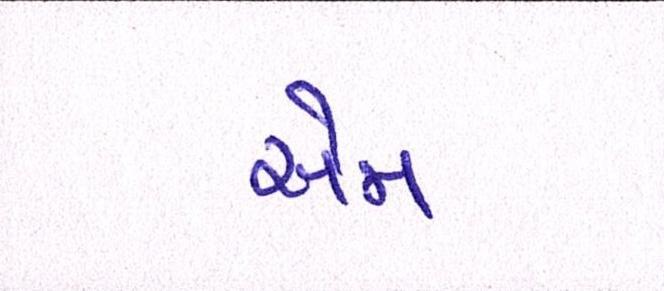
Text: સેમ